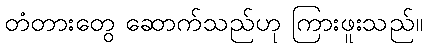
တံတားတွေ ဆောက်သည်ဟု ကြားဖူးသည်။